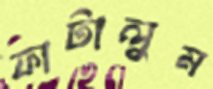
ফাটালুম